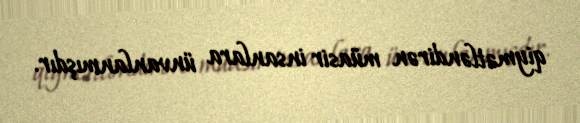
qiymətləndirən müasir insanlara ünvanlanmışdır.